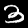
Digit: 3